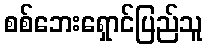
စစ်ဘေးရှောင်ပြည်သူ